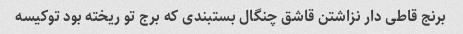
برنج قاطی دار نزاشتن قاشق چنگال بستبندی که برج تو ریخته بود تو‌کیسه